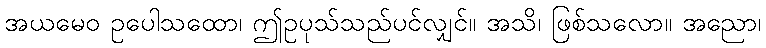
အယမေဝ ဥပေါသထော၊ ဤဥပုသ်သည်ပင်လျှင်။ အသိ၊ ဖြစ်သလော။ အညော၊